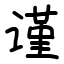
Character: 谨